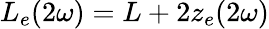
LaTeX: L_{e}(2\omega)=L+2z_{e}(2\omega)